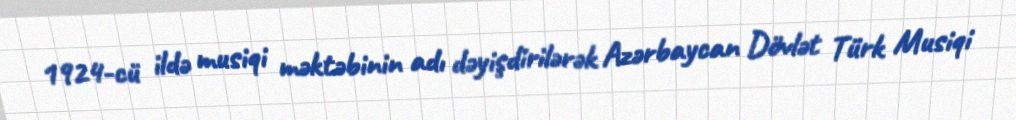
1924-cü ildə musiqi məktəbinin adı dəyişdirilərək Azərbaycan Dövlət Türk Musiqi